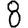
Digit: 8